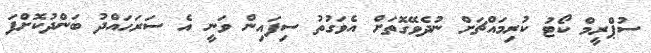
ސުޕްރީމް ކޯޓު ކުރިމައްޗަށް ނުދެވޭގޮތަށް އެވަގުތު ސިފައިން ވަނީ އެ ސަރަހައްދު ބަންދުކޮށްފަ